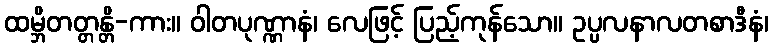
ထမ္ဘိတတ္တန္တိ-ကား။ ဝါတပုဏ္ဏာနံ၊ လေဖြင့် ပြည့်ကုန်သော။ ဥပ္ပလနာလတစာဒီနံ၊